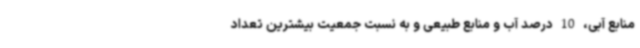
منابع آبی، 10 درصد آب و منابع طبیعی و به نسبت جمعیت بیشترین تعداد